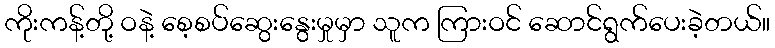
ကိုးကန့်တို့ ဝနဲ့ စေ့စပ်ဆွေးနွေးမှုမှာ သူက ကြားဝင် ဆောင်ရွက်ပေးခဲ့တယ်။